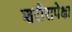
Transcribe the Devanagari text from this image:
शरीरापेक्षा